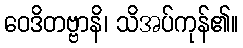
ဝေဒိတဗ္ဗာနိ၊ သိအပ်ကုန်၏။